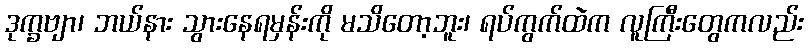
ဒုက္ခဗျာ၊ ဘယ်နား သွားနေရမှန်းကို မသိတော့ဘူး၊ ရပ်ကွက်ထဲက လူကြီးတွေကလည်း